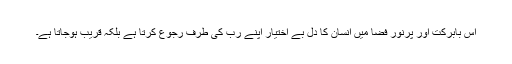
اس بابرکت اور پُرنور فضا میں انسان کا دل بے اختیار اپنے ربّ کی طرف رجوع کرتا ہے بلکہ قریب ہوجاتا ہے۔